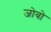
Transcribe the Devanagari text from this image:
जोवो